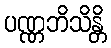
ပဏ္ဏဘိသိန္တိ